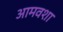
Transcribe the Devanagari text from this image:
आमवशा